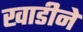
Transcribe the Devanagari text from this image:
खाडीने